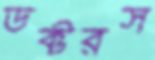
ডক্টরস